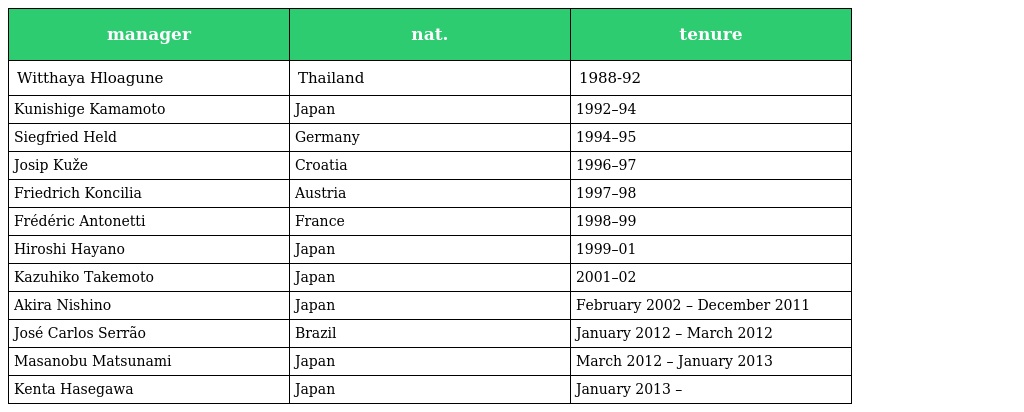
| manager | nat. | tenure |
 | --- | --- | --- |
 | Witthaya Hloagune | Thailand | 1988-92 |
 | Kunishige Kamamoto | Japan | 1992–94 |
 | Siegfried Held | Germany | 1994–95 |
 | Josip Kuže | Croatia | 1996–97 |
 | Friedrich Koncilia | Austria | 1997–98 |
 | Frédéric Antonetti | France | 1998–99 |
 | Hiroshi Hayano | Japan | 1999–01 |
 | Kazuhiko Takemoto | Japan | 2001–02 |
 | Akira Nishino | Japan | February 2002 – December 2011 |
 | José Carlos Serrão | Brazil | January 2012 – March 2012 |
 | Masanobu Matsunami | Japan | March 2012 – January 2013 |
 | Kenta Hasegawa | Japan | January 2013 – |